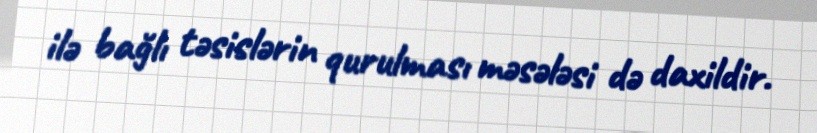
ilə bağlı təsislərin qurulması məsələsi də daxildir.